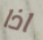
اذا